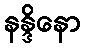
နန္ဒိနော